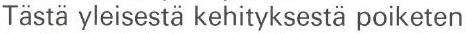
Tästä yleisestä kehityksestä poiketen